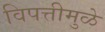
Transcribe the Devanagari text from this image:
विपत्तीमुळे